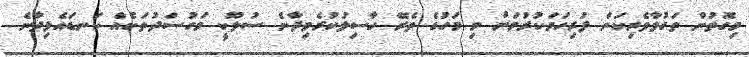
މިގޮތުން ތަގުވާވެރިކަން ފުރިހަމަކުރުމަށް މި މަހުގެ ތެރޭ ހާސިލުކުރެވިދާނެ ސުލޫކީ މަގުސަދުތަކެއް ކަނޑައެޅިދާނެ